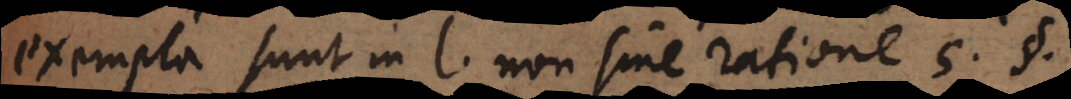
Exempla sunt in l. non sine ratione 5. §